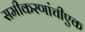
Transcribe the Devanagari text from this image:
समीकरणांचीएक